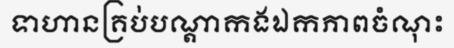
ទាហានគ្រប់បណ្តាកងឯកភាពចំណុះ